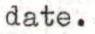
date.